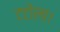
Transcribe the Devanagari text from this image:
टटोला।